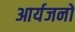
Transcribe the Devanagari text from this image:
आर्यजनों